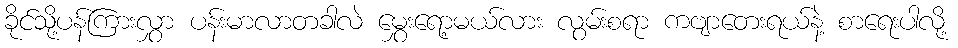
ခိုင်သို့ပန်ကြားလွှာ ပန်းမာလာတခါလဲ မွှေးရော့မယ်လား လွမ်းစရာ ကဗျာတေးရယ်နဲ့ စာရေးပါလို့